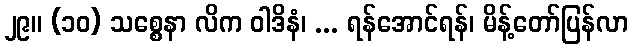
၂၉။ (၁၀) သစ္စေနာ လိက ဝါဒိနံ၊ ... ရန်အောင်ရန်၊ မိန့်တော်ပြန်လာ